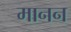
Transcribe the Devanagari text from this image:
मानन